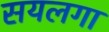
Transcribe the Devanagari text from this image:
सयलगा